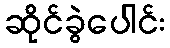
ဆိုင်ခွဲပေါင်း